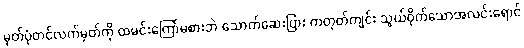
မှတ်ပုံတင်လက်မှတ်ကို ထမင်းကြော်မစားဘဲ သောက်ဆေးပြား ကတုတ်ကျင်း သွယ်ဝိုက်သောအလင်းရောင်